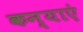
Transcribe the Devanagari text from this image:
कन्‍याएं